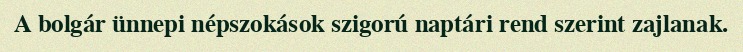
A bolgár ünnepi népszokások szigorú naptári rend szerint zajlanak.